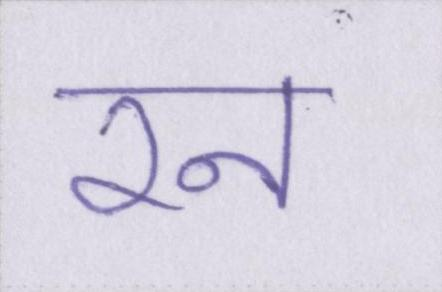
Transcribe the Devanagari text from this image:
रन